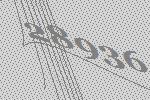
28936